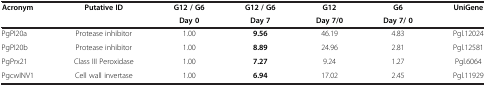
<table><thead><tr><td rowspan="2"><b>Acronym</b></td><td rowspan="2"><b>Putative ID</b></td><td><b>G12 / G6</b></td><td><b>G12 / G6</b></td><td><b>G12</b></td><td><b>G6</b></td><td rowspan="2"><b>UniGene</b></td></tr><tr><td><b>Day 0</b></td><td><b>Day 7</b></td><td><b>Day 7/0</b></td><td><b>Day 7/ 0</b></td></tr></thead><tbody><tr><td>PgPI20a</td><td>Protease inhibitor</td><td>1.00</td><td><b>9.56</b></td><td>46.19</td><td>4.83</td><td>Pgl.12024</td></tr><tr><td>PgPI20b</td><td>Protease inhibitor</td><td>1.00</td><td><b>8.89</b></td><td>24.96</td><td>2.81</td><td>Pgl.12581</td></tr><tr><td>PgPrx21</td><td>Class III Peroxidase</td><td>1.00</td><td><b>7.27</b></td><td>9.24</td><td>1.27</td><td>Pgl.6064</td></tr><tr><td>PgcwINV1</td><td>Cell wall invertase</td><td>1.00</td><td><b>6.94</b></td><td>17.02</td><td>2.45</td><td>Pgl.11929</td></tr></tbody></table>